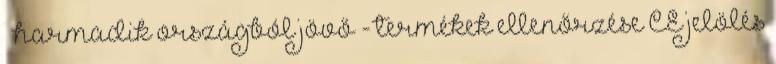
– harmadik országból jövő - termékek ellenőrzése CE jelölés